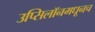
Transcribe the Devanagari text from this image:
उप्सिलॉनमधूनच